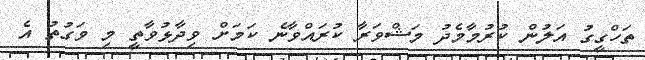
ތަހްގީގު އަލުން ކުރުމާމެދު މަޝްވަރާ ކުރައްވާނެ ކަމަށް ވިދާޅުވާތީ މި ވަގުތު އެ